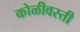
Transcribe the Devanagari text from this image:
कोळीवस्ती